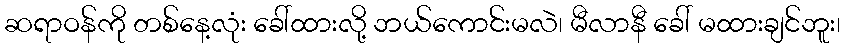
ဆရာဝန်ကို တစ်နေ့လုံး ခေါ်ထားလို့ ဘယ်ကောင်းမလဲ၊ မီလာနီ ခေါ် မထားချင်ဘူး၊